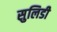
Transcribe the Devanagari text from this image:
सुलिडी